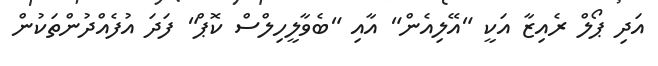
އަދި ޕޯލް ރެއިޒާ އަކީ "އޭލިއެން" އާއި "ބެވާލީހިލްސް ކޮޕް" ފަދަ އުފެއްދުންތަކުން